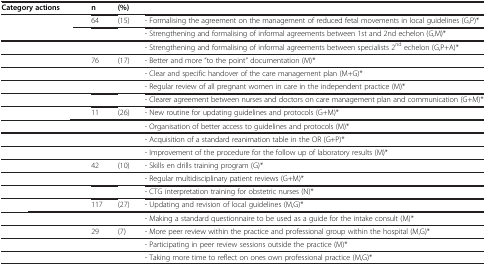
<table><thead><tr><td><b>Category actions</b></td><td><b>n</b></td><td><b>(%)</b></td><td>[EMPTY_CELL]</td></tr></thead><tbody><tr><td>[EMPTY_CELL]</td><td>64</td><td>(15)</td><td>- Formalising the agreement on the management of reduced fetal movements in local guidelines (G,P)*</td></tr><tr><td>[EMPTY_CELL]</td><td>[EMPTY_CELL]</td><td>[EMPTY_CELL]</td><td>- Strengthening and formalising of informal agreements between 1st and 2nd echelon (G,M)*</td></tr><tr><td>[EMPTY_CELL]</td><td>[EMPTY_CELL]</td><td>[EMPTY_CELL]</td><td>- Strengthening and formalising of informal agreements between specialists 2<sup>nd</sup> echelon (G,P+A)*</td></tr><tr><td>[EMPTY_CELL]</td><td>76</td><td>(17)</td><td>- Better and more “to the point” documentation (M)*</td></tr><tr><td>[EMPTY_CELL]</td><td>[EMPTY_CELL]</td><td>[EMPTY_CELL]</td><td>- Clear and specific handover of the care management plan (M+G)*</td></tr><tr><td>[EMPTY_CELL]</td><td>[EMPTY_CELL]</td><td>[EMPTY_CELL]</td><td>- Regular review of all pregnant women in care in the independent practice (M)*</td></tr><tr><td>[EMPTY_CELL]</td><td>[EMPTY_CELL]</td><td>[EMPTY_CELL]</td><td>- Clearer agreement between nurses and doctors on care management plan and communication (G+M)*</td></tr><tr><td>[EMPTY_CELL]</td><td>11</td><td>(26)</td><td>- New routine for updating guidelines and protocols (G+M)*</td></tr><tr><td>[EMPTY_CELL]</td><td>[EMPTY_CELL]</td><td>[EMPTY_CELL]</td><td>- Organisation of better access to guidelines and protocols (M)*</td></tr><tr><td>[EMPTY_CELL]</td><td>[EMPTY_CELL]</td><td>[EMPTY_CELL]</td><td>- Acquisition of a standard reanimation table in the OR (G+P)*</td></tr><tr><td>[EMPTY_CELL]</td><td>[EMPTY_CELL]</td><td>[EMPTY_CELL]</td><td>- Improvement of the procedure for the follow up of laboratory results (M)*</td></tr><tr><td>[EMPTY_CELL]</td><td>42</td><td>(10)</td><td>- Skills en drills training program (G)*</td></tr><tr><td>[EMPTY_CELL]</td><td>[EMPTY_CELL]</td><td>[EMPTY_CELL]</td><td>- Regular multidisciplinary patient reviews (G+M)*</td></tr><tr><td>[EMPTY_CELL]</td><td>[EMPTY_CELL]</td><td>[EMPTY_CELL]</td><td>- CTG interpretation training for obstetric nurses (N)*</td></tr><tr><td>[EMPTY_CELL]</td><td>117</td><td>(27)</td><td>- Updating and revision of local guidelines (M,G)*</td></tr><tr><td>[EMPTY_CELL]</td><td>[EMPTY_CELL]</td><td>[EMPTY_CELL]</td><td>- Making a standard questionnaire to be used as a guide for the intake consult (M)*</td></tr><tr><td>[EMPTY_CELL]</td><td>29</td><td>(7)</td><td>- More peer review within the practice and professional group within the hospital (M,G)*</td></tr><tr><td>[EMPTY_CELL]</td><td>[EMPTY_CELL]</td><td>[EMPTY_CELL]</td><td>- Participating in peer review sessions outside the practice (M)*</td></tr><tr><td>[EMPTY_CELL]</td><td>[EMPTY_CELL]</td><td>[EMPTY_CELL]</td><td>- Taking more time to reflect on ones own professional practice (M,G)*</td></tr></tbody></table>